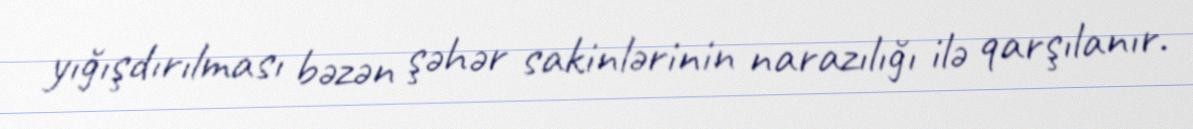
yığışdırılması bəzən şəhər sakinlərinin narazılığı ilə qarşılanır.